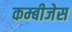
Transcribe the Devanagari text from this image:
कम्बीजेस